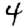
Digit: 4